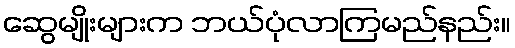
ဆွေမျိုးများက ဘယ်ပုံလာကြမည်နည်း။